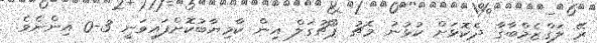
ރޭ ލަގްޒެމްބާގާ ދެކޮޅަށް ކުޅުނު މެޗު ޕޯޗުގަލް އިން ކާމިޔާބުކޮށްފައިވަނީ 3-0 އިންނެވެ.